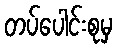
တပ်ပေါင်းစုမှ